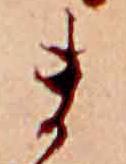
ま